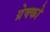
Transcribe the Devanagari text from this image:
ग्रेक्को